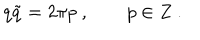
LaTeX: q \tilde { q } = 2 \pi p \ , \qquad p \in Z \ .